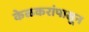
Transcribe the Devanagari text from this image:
केळकरांपासून